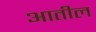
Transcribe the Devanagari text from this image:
अातील